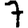
Digit: 7